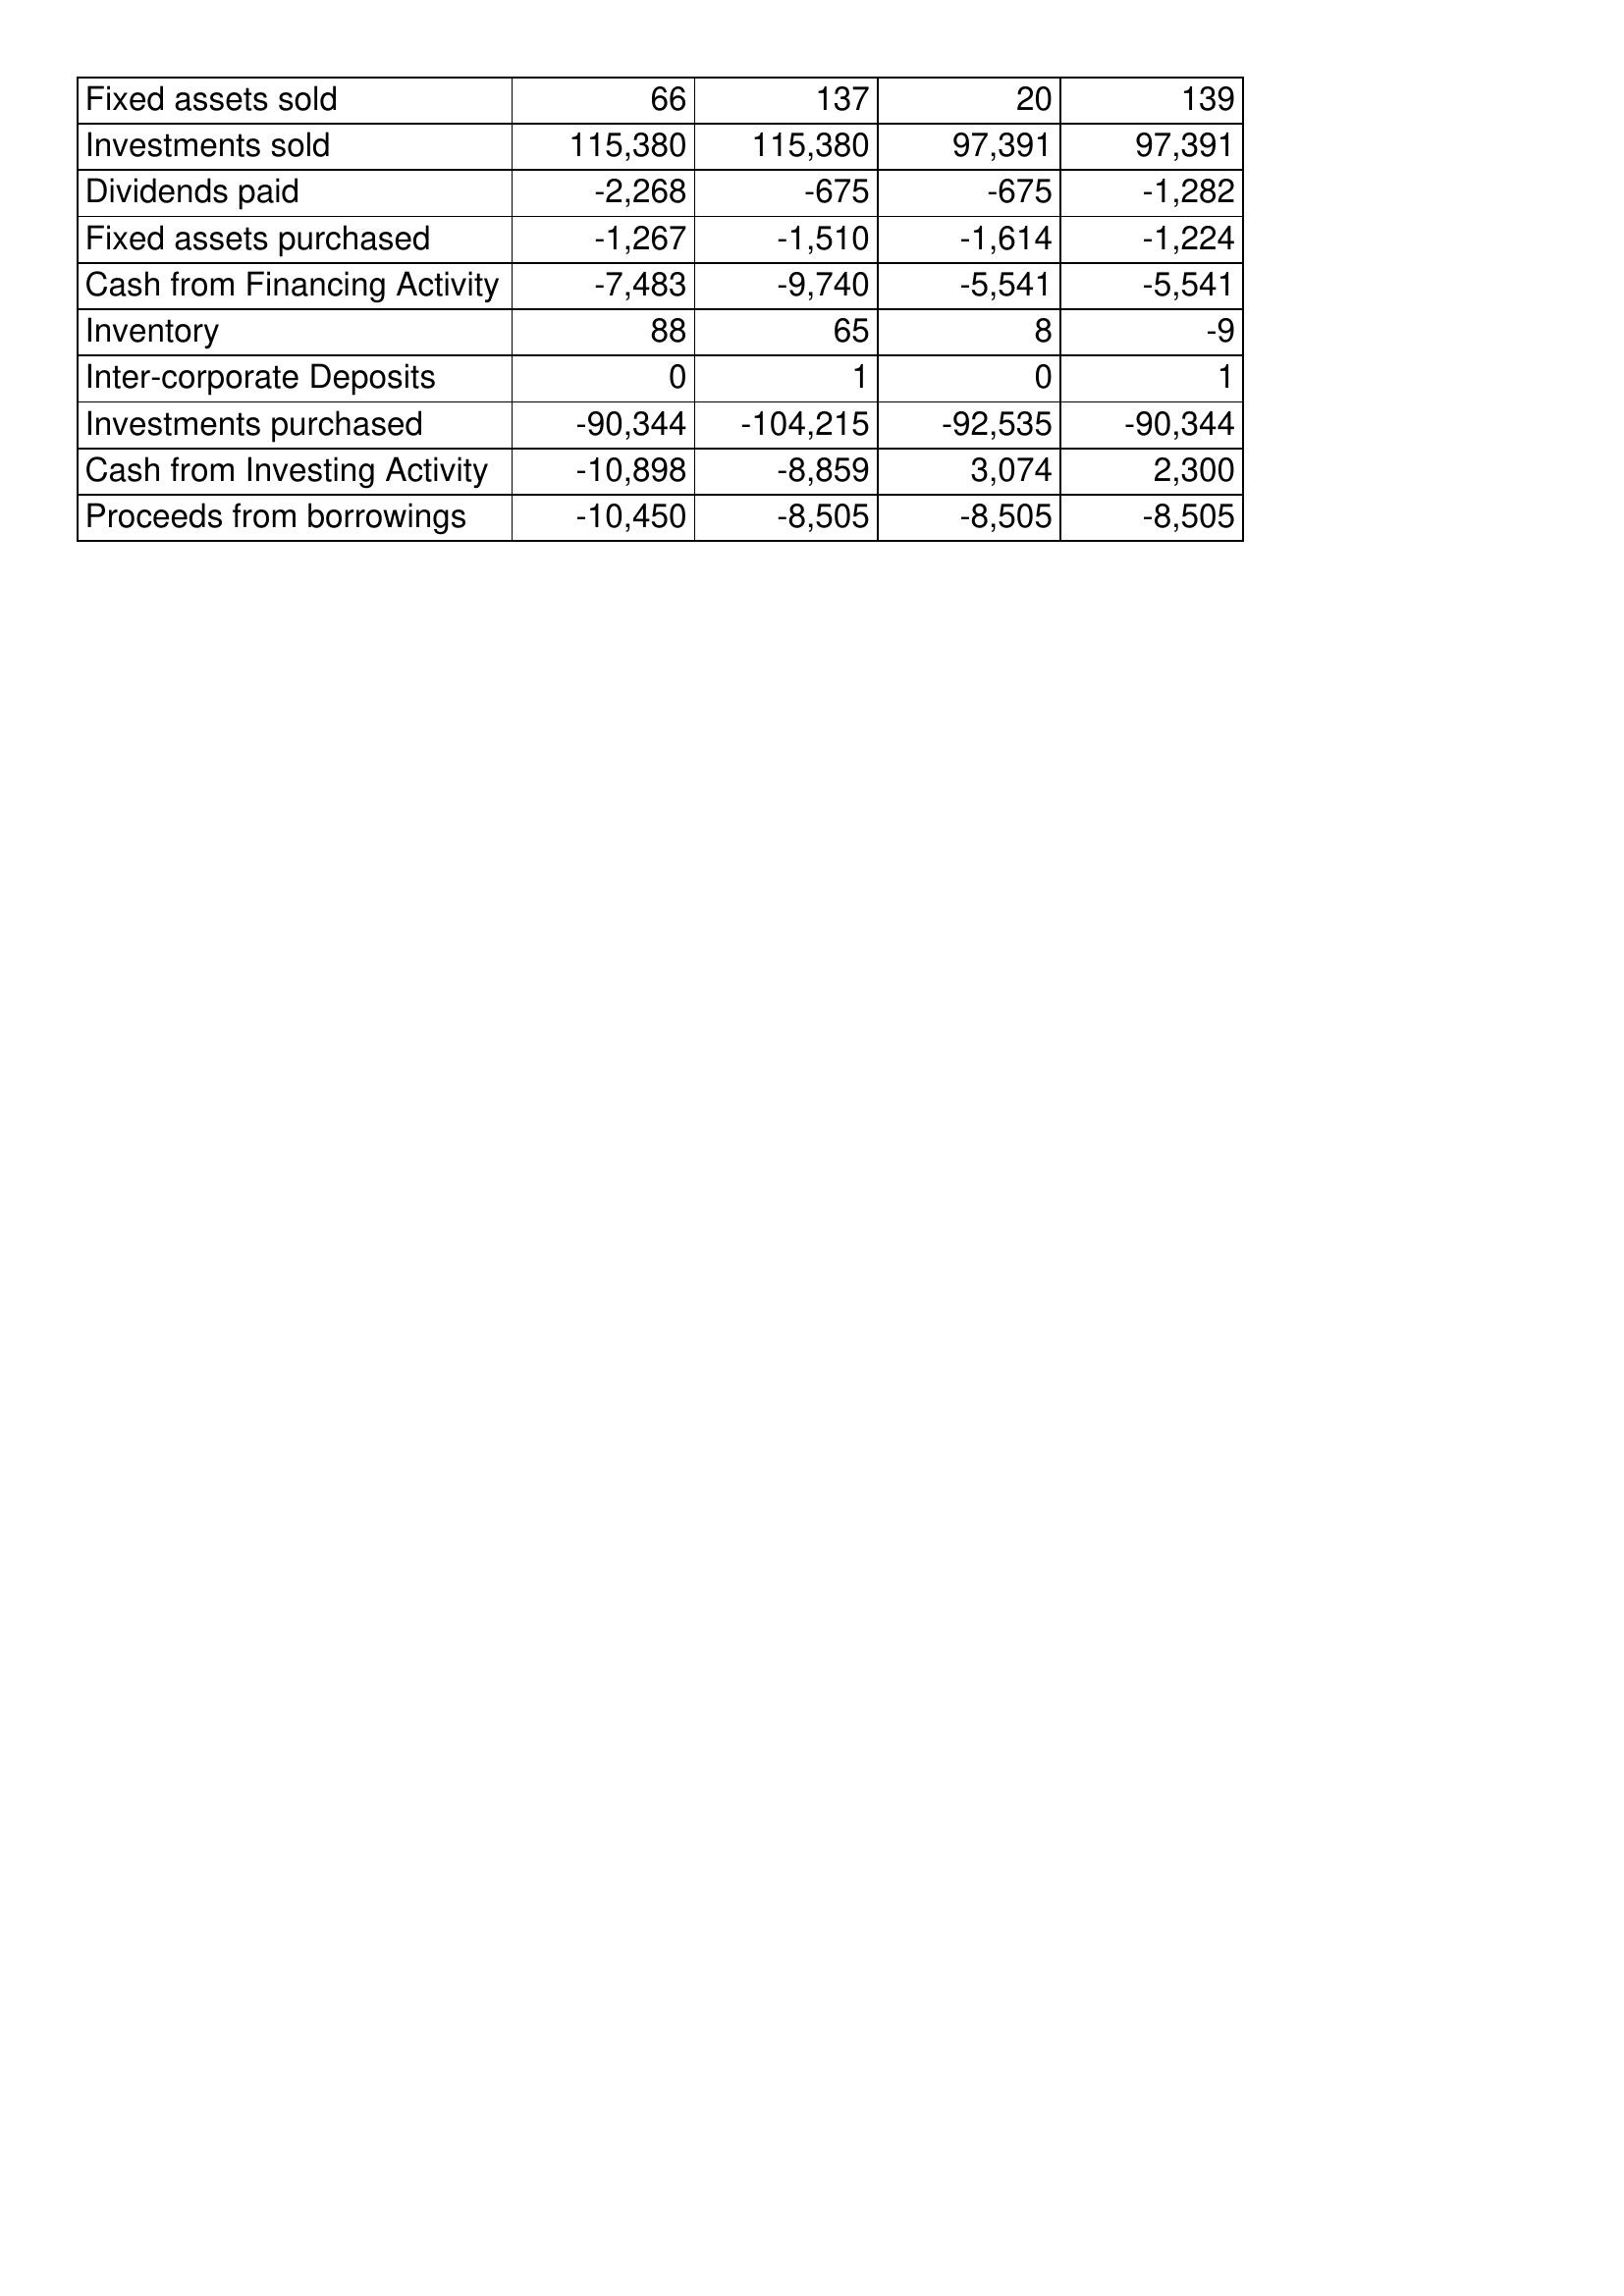
Dec-11: Cash Flows: Fixed assets sold: 66
Investments sold: 115,380
Dividends paid: -2,268
Fixed assets purchased: -1,267
Cash from Financing Activity: -7,483
Inventory: 88
Inter-corporate Deposits: 0
Investments purchased: -90,344
Cash from Investing Activity: -10,898
Proceeds from borrowings: -10,450
Dec-10: Cash Flows: Fixed assets sold: 137
Investments sold: 115,380
Dividends paid: -675
Fixed assets purchased: -1,510
Cash from Financing Activity: -9,740
Inventory: 65
Inter-corporate Deposits: 1
Investments purchased: -104,215
Cash from Investing Activity: -8,859
Proceeds from borrowings: -8,505
Dec-09: Cash Flows: Fixed assets sold: 20
Investments sold: 97,391
Dividends paid: -675
Fixed assets purchased: -1,614
Cash from Financing Activity: -5,541
Inventory: 8
Inter-corporate Deposits: 0
Investments purchased: -92,535
Cash from Investing Activity: 3,074
Proceeds from borrowings: -8,505
Dec-08: Cash Flows: Fixed assets sold: 139
Investments sold: 97,391
Dividends paid: -1,282
Fixed assets purchased: -1,224
Cash from Financing Activity: -5,541
Inventory: -9
Inter-corporate Deposits: 1
Investments purchased: -90,344
Cash from Investing Activity: 2,300
Proceeds from borrowings: -8,505